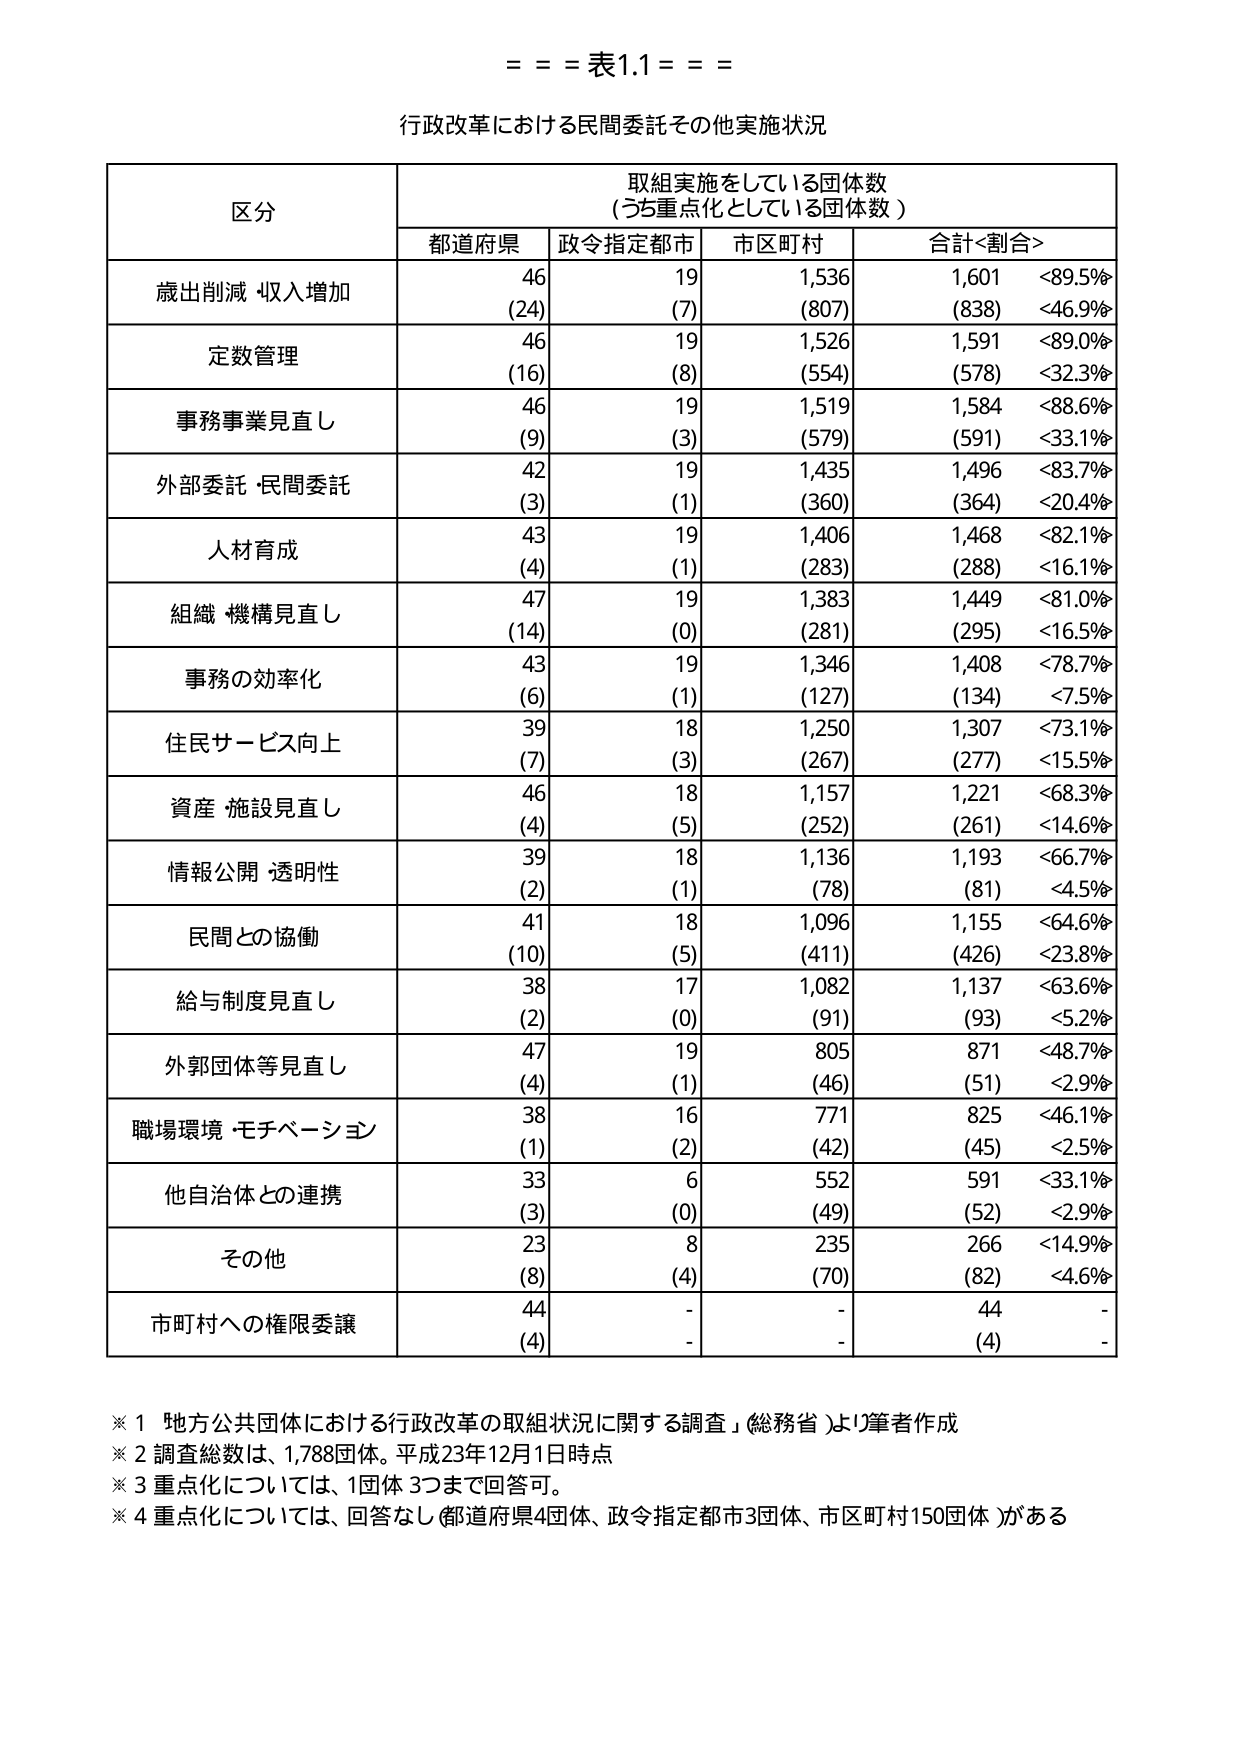
= = = 表1.1 = = =

行政改革における民間委託その他実施状況

区分 取組実施をしている団体数
（うち重点化している団体数）

都道府県 政令指定都市 市区町村 合計<割合>

歳出削減・収入増加 46 19 1,536 1,601 <89.5%>
(24) (7) (807) (838) <46.9%>

定数管理 46 19 1,526 1,591 <89.0%>
(16) (8) (554) (578) <32.3%>

事務事業見直し 46 19 1,519 1,584 <88.6%>
(9) (3) (579) (591) <33.1%>

外部委託・民間委託 42 19 1,435 1,496 <83.7%>
(3) (1) (360) (364) <20.4%>

人材育成 43 19 1,406 1,468 <82.1%>
(4) (1) (283) (288) <16.1%>

組織・機構見直し 47 19 1,383 1,449 <81.0%>
(14) (0) (281) (295) <16.5%>

事務の効率化 43 19 1,346 1,408 <78.7%>
(6) (1) (127) (134) <7.5%>

住民サービス向上 39 18 1,250 1,307 <73.1%>
(7) (3) (267) (277) <15.5%>

資産・施設見直し 46 18 1,157 1,221 <68.3%>
(4) (5) (252) (261) <14.6%>

情報公開・透明性 39 18 1,136 1,193 <66.7%>
(2) (1) (78) (81) <4.5%>

民間との協働 41 18 1,096 1,155 <64.6%>
(10) (5) (411) (426) <23.8%>

給与制度見直し 38 17 1,082 1,137 <63.6%>
(2) (0) (91) (93) <5.2%>

外郭団体等見直し 47 19 805 871 <48.7%>
(4) (1) (46) (51) <2.9%>

職場環境・モチベーション 38 16 771 825 <46.1%>
(1) (2) (42) (45) <2.5%>

他自治体との連携 33 6 552 591 <33.1%>
(3) (0) (49) (52) <2.9%>

その他 23 8 235 266 <14.9%>
(8) (4) (70) (82) <4.6%>

市町村への権限委譲 44 - - 44 -
(4) - - (4) -

※1 「地方公共団体における行政改革の取組状況に関する調査」（総務省）より筆者作成
※2 調査総数は、1,788団体。平成23年12月1日時点
※3 重点化については、1団体3つまで回答可。
※4 重点化については、回答なし（都道府県4団体、政令指定都市3団体、市区町村150団体）がある